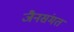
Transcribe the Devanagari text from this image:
जैनसंमत